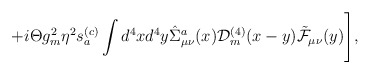
\begin{align*}+i\Theta g_m^2\eta^2s_a^{(c)}\int d^4x d^4y\hat\Sigma_{\mu\nu}^a(x){\cal D}_m^{(4)}(x-y)\tilde{\cal F}_{\mu\nu}(y)\Biggr],\end{align*}